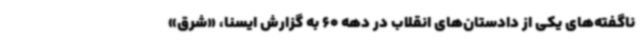
ناگفته‌های یکی از دادستان‌های انقلاب در دهه 60 به گزارش ایسنا، «شرق»